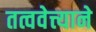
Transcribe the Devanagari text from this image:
तत्ववेत्त्याने